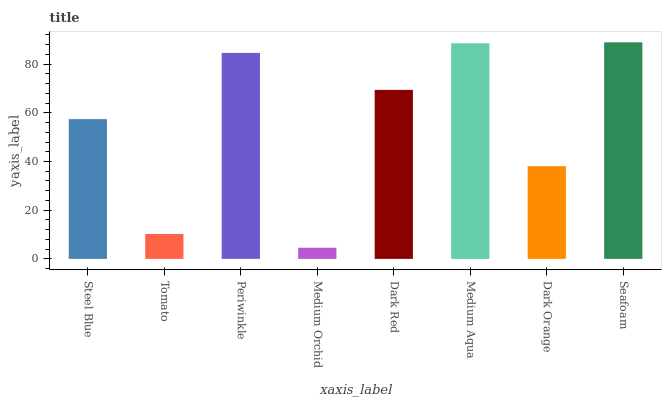
| xaxis_label | bars |
 | --- | --- |
 | Steel Blue | 57.4 |
 | Tomato | 10.2 |
 | Periwinkle | 84.6 |
 | Medium Orchid | 4.58 |
 | Dark Red | 69.4 |
 | Medium Aqua | 88.6 |
 | Dark Orange | 38.1 |
 | Seafoam | 89 |